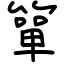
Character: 簞